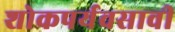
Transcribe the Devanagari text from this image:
शोकपर्यवसावी